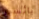
يائسين